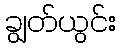
ချွတ်ယွင်း